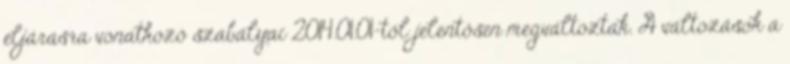
eljárásra vonatkozó szabályai 2014.01.01-től jelentősen megváltoztak. A változások a